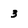
Character: 3